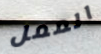
الممل